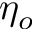
\eta _ { o }